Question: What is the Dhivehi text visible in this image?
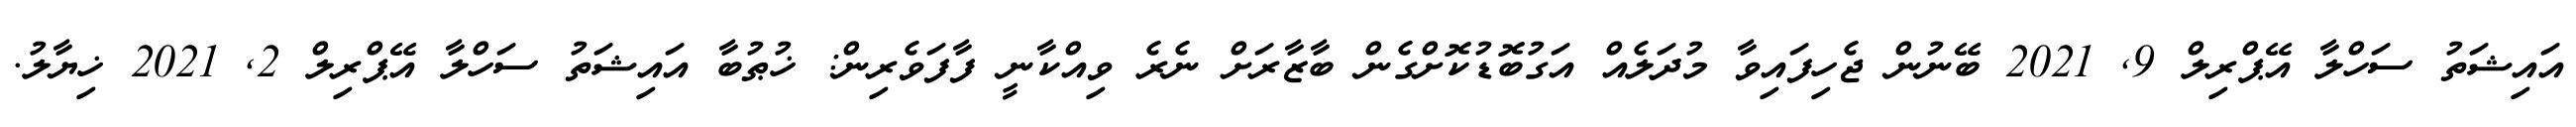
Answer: އައިޝަތު ސަހްލާ އޭޕްރިލް 9, 2021 ބޭނުން ޖެހިފައިވާ މުދަލެއް އަގުބޮޑުކޮށްގެން ބާޒާރަށް ނެރެ ވިއްކާނީ ފާފަވެރިން: ޚުޠުބާ އައިޝަތު ސަހްލާ އޭޕްރިލް 2, 2021 ޚިޔާލު.